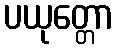
ပယုတ္တော